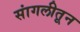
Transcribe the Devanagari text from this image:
सांगलीतून